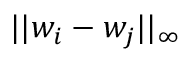
| | w _ { i } - w _ { j } | | _ { \infty }